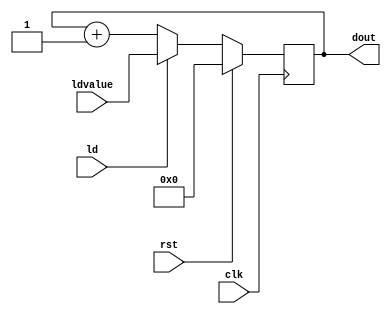
`timescale 1ns / 1ps
//////////////////////////////////////////////////////////////////////////////////
// Company: 
// Engineer: 
// 
// Design Name: 
// Module Name: counter_with_testbench
// Project Name: 
// Target Devices: 
// Tool Versions: 
// Description: 
// 
// Dependencies: 
// 
// Revision:
// Revision 0.01 - File Created
// Additional Comments:
// 
//////////////////////////////////////////////////////////////////////////////////


module counter_with_testbench(
    input clk,rst,ld,
    input [3:0] ldvalue,
    output [3:0] dout
    );
    
    reg [3:0] temp;
    
    always@(posedge clk)
    begin
    if(rst==1'b1) temp<=4'b0000;
    else
    begin
    if(ld==1'b1)
        temp<=ldvalue;
    else
        temp<=temp+1;
    end
    end
    assign dout=temp;
    
endmodule